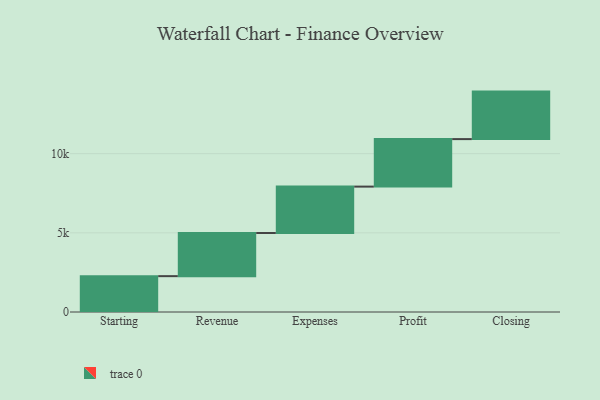
{"axis": {"x": "Step", "y": "Value"}, "legend": [""], "data": [{"x": "Starting", "y": 2264.0, "type": ""}, {"x": "Revenue", "y": 2725.0, "type": ""}, {"x": "Expenses", "y": 2930.0, "type": ""}, {"x": "Profit", "y": 3000, "type": ""}, {"x": "Closing", "y": 3000, "type": ""}]}